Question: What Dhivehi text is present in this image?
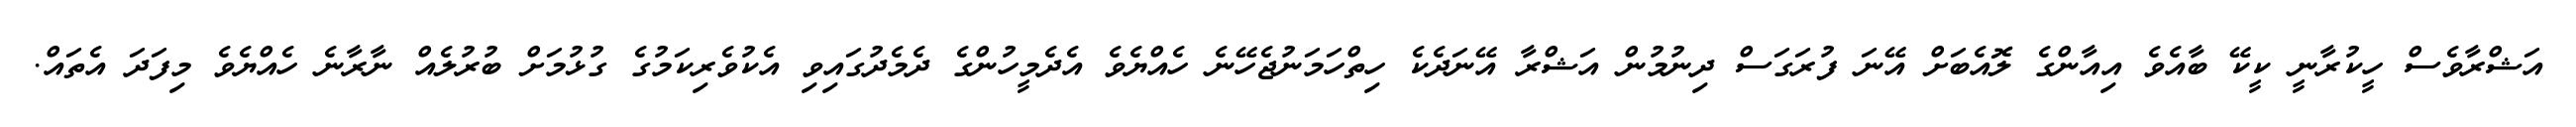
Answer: އަޝްރާވެސް ހީކުރާނީ ކީކޭ ބާއެވެ އިއާންގެ ލޮއެބަށް އޭނަ ފުރަގަސް ދިނުމުން އަޝްރާ އޭނަދެކެ ހިތްހަމަނުޖެހޭނެ ހެއްޔެވެ އެދެމީހުންގެ ދެމެދުގައިވި އެކުވެރިކަމުގެ ގުޅުމަށް ބުރުލެއް ނާރާނެ ހެއްޔެވެ މިފަދަ އެތައް.